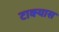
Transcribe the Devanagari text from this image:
टाक्यास